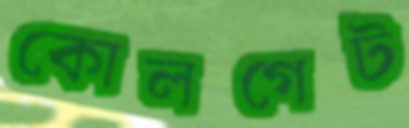
কোলগেট